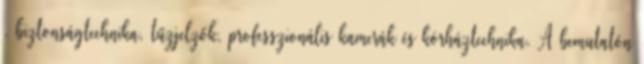
, biztonságtechnika, tűzjelzők, professzionális kamerák és kórháztechnika. A bemutatón